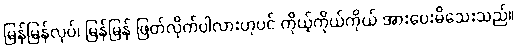
မြန်မြန်လုပ်၊ မြန်မြန် ဖြတ်လိုက်ပါလားဟုပင် ကိုယ့်ကိုယ်ကိုယ် အားပေးမိသေးသည်။